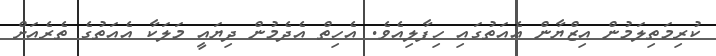
ކުރިމަތިލަމުން އިޒްޔާން އެއަތުގައި ހިފާލިއެވެ. އެހިތް އެދެމުން ދިޔައީ މަލަކާ އެއަތުގެ ތެރެއަށް